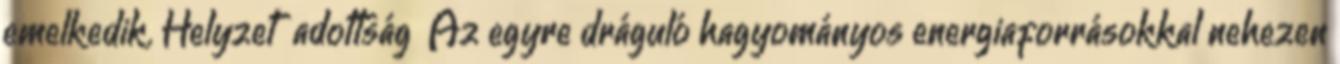
emelkedik. Helyzet adottság ▪Az egyre dráguló hagyományos energiaforrásokkal nehezen